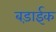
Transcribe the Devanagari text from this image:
बड़ाईक